system: You are a helpful assistant.
user:
Analyze the provided spectrum to determine if it is a **White Dwarf (WD)**.

A White Dwarf spectrum is defined by its **extreme purity** (due to gravitational settling) and/or **extreme pressure broadening** (due to high surface gravity). You must check for one of the following mutually exclusive signatures:

- **Key Visual Indicators (Check for ONE of these types):**

    - **1. DA-Type Signature (Most Common):**
        - **(Primary Feature):** Extreme pressure broadening (Stark broadening) of the **Hydrogen (H) Balmer lines**.
        - **(Key Lines):** $H\beta$ (approx. $4861$ Å) and $H\gamma$ (approx. $4340$ Å). $H\alpha$ (approx. $6563$ Å) will also be present if the wavelength range covers it.
        - **(Line Profile):** This is the **defining feature**. The lines are **NOT** sharp. They appear as massive, **extremely broad and deep "troughs" or "dips"** in the spectrum, often hundreds of Ångströms wide. The continuum will appear to "scoop" down at these wavelengths.
        - **(Distinction):** Normal A-type or B-type stars have *narrow* and *sharp* Hydrogen lines. A DA White Dwarf's lines are unmistakably "smeared" or "blurry" from pressure.

    - **2. DB-Type Signature:**
        - **(Primary Feature):** Broad absorption lines from **Neutral Helium (He I)**. The spectrum must lack any visible Hydrogen lines.
        - **(Key Lines):** Look for broad absorption near $4471$ Å, $4921$ Å, and $5876$ Å.
        - **(Line Profile):** These lines are also significantly pressure-broadened, appearing much wider than they would in a normal B-type main-sequence star.

    - **3. DC-Type Signature:**
        - **(Primary Feature):** A **featureless continuous spectrum**.
        - **(Line Profile):** The spectrum is a smooth curve with **no significant absorption or emission lines**.
        - **(Key Confirmation):** The continuum is almost always **blue or white**, indicating a hot object. This signature implies the atmosphere is so pure (or so cool) that no spectral lines are visible in the optical range. Its WD identity is confirmed by its extremely low intrinsic brightness (high absolute magnitude).

    - **4. DZ-Type Signature (Metal-Polluted):**
        - **(Primary Feature):** **Isolated, narrow metal absorption lines** on an otherwise featureless (DC-like) continuum.
        - **(Key Lines):** The **Calcium (Ca II) H & K doublet** (approx. **$3934$ Å** and **$3968$ Å**) is the most common and defining feature.
        - **(Line Profile):** These lines are "out of place." They are *not* part of a "forest" of thousands of lines. This signature is evidence of recent *accretion* (pollution) from rocky debris.
        - **(Distinction):** Normal G/K/M stars have a *dense forest* of thousands of metal lines. A DZ has a *clean* continuum with *only a few* strong metal lines.

    - **5. DQ-Type Signature (Carbon-Polluted):**
        - **(Primary Feature):** Absorption bands from **Carbon (C₂ "Swan Bands" or atomic C I)**.
        - **(Key Lines - C₂):** Look for bandheads with a "saw-tooth" shape near $5635$ Å, **$5165$ Å** (strongest), and $4737$ Å.
        - **(Key Confirmation):** The underlying **continuum must be blue or white** (hot).
        - **(Distinction):** This is the critical difference from a **Carbon Star**, which has the *exact same* C₂ bands but on an extremely **red, cool** continuum.

- **(Overall Spectrum):**
    - The continuum (overall shape) is typically **blue-sloping** (brighter in the blue than the red), as most white dwarfs are very hot.
    - The spectrum will look "pure" or "simple," dominated by only *one* of the five signatures listed above.

Think first, call **spectral_visualization_tool** if needed to examine features in detail, then provide your final answer. Your response must adhere to the following strict rules:
1.  **Overall Structure:** Your response must follow the format `<think>...</think> <tool_call>...</tool_call> (if a tool is used) <answer>...</answer>`.
2.  **Tool Usage Constraint:** You may only make **one** tool call per turn.
3.  **Final Answer Format:** In the `<answer>` tag, your conclusion must be inside a `\boxed{}` command (e.g., `\boxed{YES}` or `\boxed{NO}`), followed by your justification.

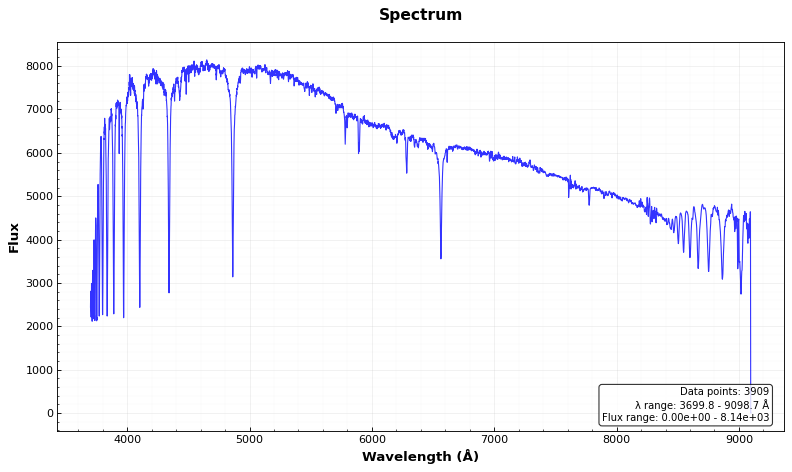
Answer: NO